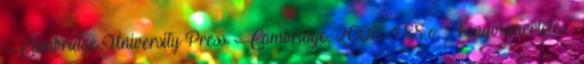
Cambridge University Press, Cambridge, 2000. 488 o. : könyvismertetés .